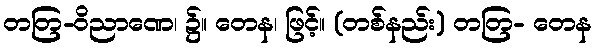
တတြ-ဝိညာဏေ၊ ၌။ တေန၊ ဖြင့်။ (တစ်နည်း) တတြ- တေန